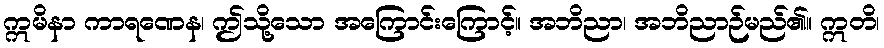
ဣမိနာ ကာရဏေန၊ ဤသို့သော အကြောင်းကြောင့်။ အဘိညာ၊ အဘိညာဉ်မည်၏။ ဣတိ၊